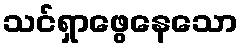
သင်ရှာဖွေနေသော